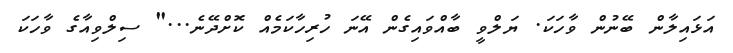
އަޅައިލާން ބޭނުން ވާހަކަ. ޔަލްވީ ބާއްވައިގެން އޭނަ ހުރިހާކަމެއް ކޮށްދޭނެ..." ސިލްވިއާގެ ވާހަކަ